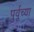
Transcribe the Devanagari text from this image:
पुर्वूच्या